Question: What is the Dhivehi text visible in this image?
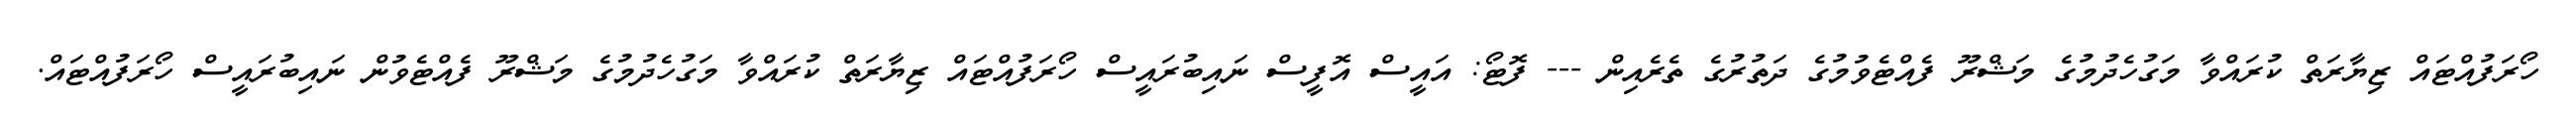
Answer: ހޯރަފުއްޓައް ޒިޔާރަތް ކުރައްވާ މަގުހެދުމުގެ މަޝްރޫ ފެއްޓެވުމުގެ ދަތުރުގެ ތެރެއިން --- ފޮޓޯ: އައީސް އޮފީސް ނައިބުރައީސް ހޯރަފުއްޓައް ޒިޔާރަތް ކުރައްވާ މަގުހެދުމުގެ މަޝްރޫ ފެއްޓެވުން ނައިބުރައީސް ހޯރަފުއްޓައް.